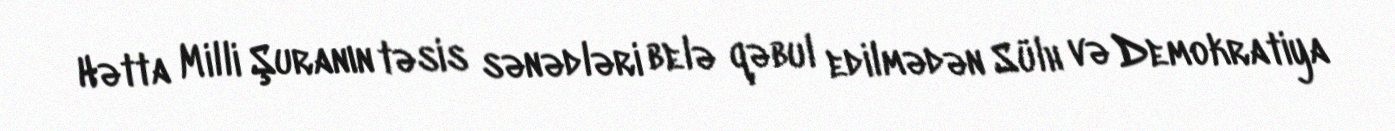
Hətta Milli Şuranın təsis sənədləri belə qəbul edilmədən Sülh və Demokratiya